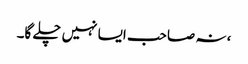
، نہ صاحب ایسا نہیں چلے گا۔